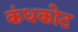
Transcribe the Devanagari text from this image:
कंधकोट